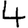
Digit: 4